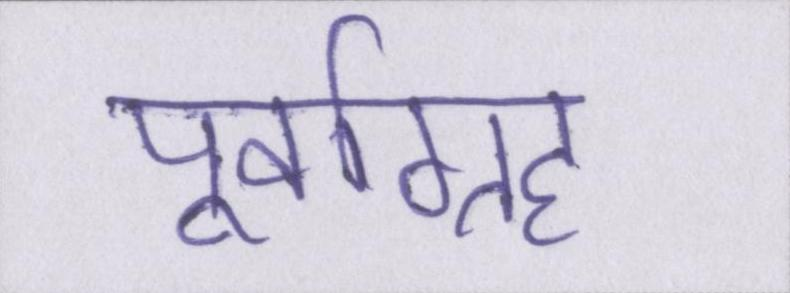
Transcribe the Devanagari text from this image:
पूर्वाग्रह